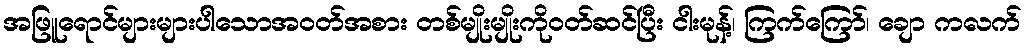
အဖြူရောင်များများပါသောအဝတ်အစား တစ်မျိုးမျိုးကိုဝတ်ဆင်ပြီး ငါးမုန့်၊ ကြက်ကြော်၊ ချော ကလက်